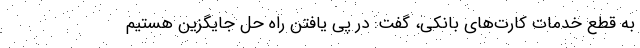
به قطع خدمات کارت‌های بانکی، گفت: در پی یافتن راه حل جایگزین هستیم